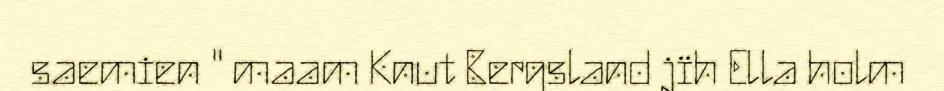
saemien " maam Knut Bergsland jïh Ella holm